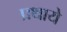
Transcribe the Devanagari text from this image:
प्रथाये